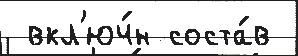
 вкл'юч́н соста́в